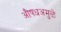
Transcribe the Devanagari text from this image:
औषधअमुळे